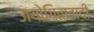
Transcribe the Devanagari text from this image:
उायोगितावादी